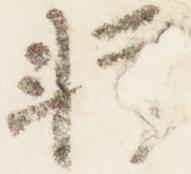
軒